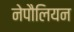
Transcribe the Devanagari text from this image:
नेपौलियन